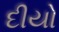
દીયો